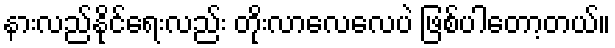
နားလည်နိုင်ရေးလည်း တိုးလာလေလေပဲ ဖြစ်ပါတော့တယ်။